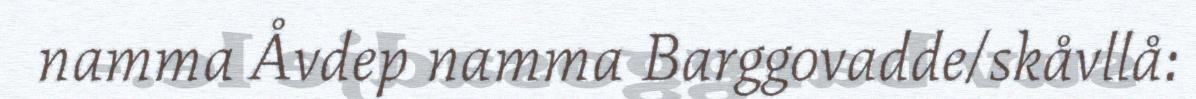
namma Åvdep namma Barggovadde/skåvllå: